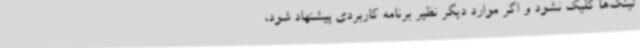
لینک‌ها کلیک نشود و اگر موارد دیگر نظیر برنامه کاربردی پیشنهاد شود،